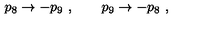
p _ { 8 } \to - p _ { 9 } \ , \qquad p _ { 9 } \to - p _ { 8 } \ ,